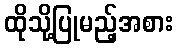
ထိုသို့ပြုမည့်အစား